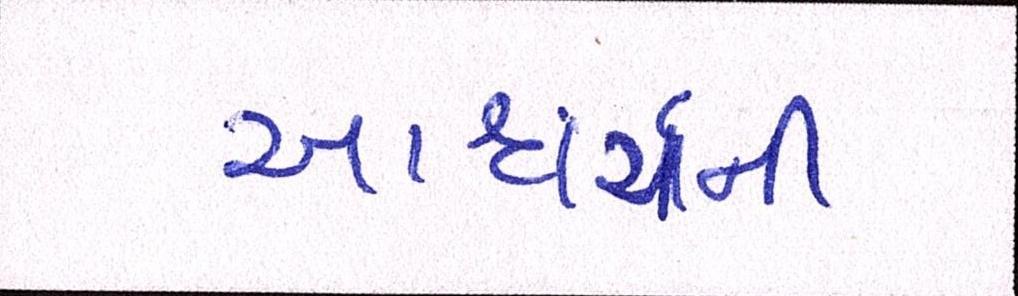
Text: આશ્ચર્ચની